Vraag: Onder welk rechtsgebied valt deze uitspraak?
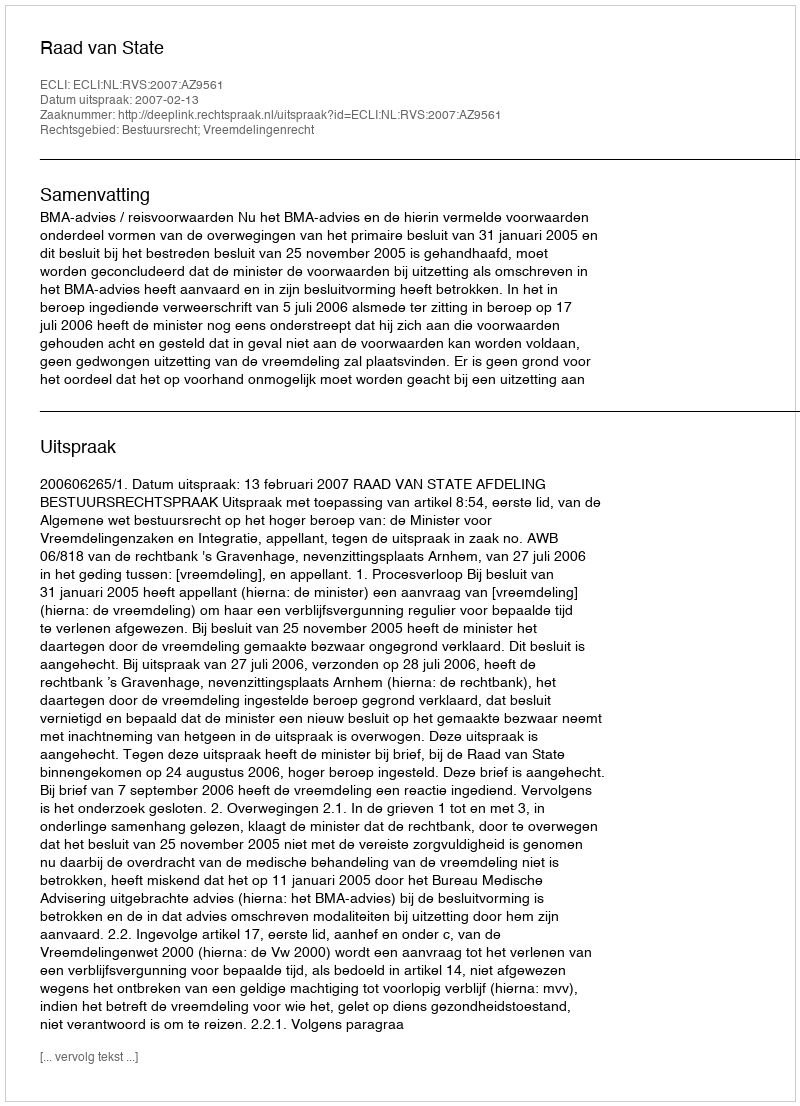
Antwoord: Bestuursrecht; Vreemdelingenrecht